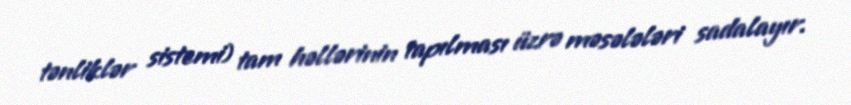
tənliklər sistemi) tam həllərinin tapılması üzrə məsələləri sadalayır.